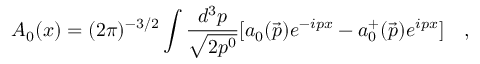
A _ { 0 } ( x ) = ( 2 \pi ) ^ { - 3 / 2 } \int \frac { d ^ { 3 } p } { \sqrt { 2 p ^ { 0 } } } [ a _ { 0 } ( \vec { p } ) e ^ { - i p x } - a _ { 0 } ^ { + } ( \vec { p } ) e ^ { i p x } ] \quad ,